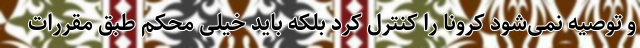
و توصیه نمی‌شود کرونا را کنترل کرد بلکه باید خیلی محکم طبق مقررات